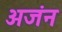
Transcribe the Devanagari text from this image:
अजंन